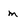
Character: m